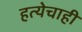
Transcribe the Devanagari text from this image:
हत्येचाही